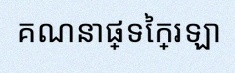
គណនាផ្ទៃក្រឡា